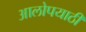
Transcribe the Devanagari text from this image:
आलोपयाठी